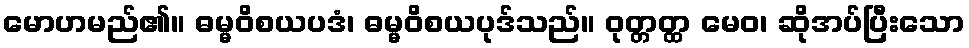
မောဟမည်၏။ ဓမ္မဝိစယပဒံ၊ ဓမ္မဝိစယပုဒ်သည်။ ဝုတ္တတ္ထ မေဝ၊ ဆိုအပ်ပြီးသော